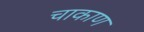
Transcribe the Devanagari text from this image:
चाकाण